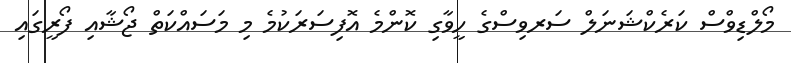
މޯލްޑިވްސް ކަރެކްޝަނަލް ސަރވިސްގެ ހީވާގި ކޮންމެ އޮފިސަރަކުމެ މި މަސައްކަތް ޖޯޝާއި ފޯރީގައި